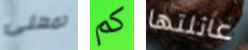
تمهلى كم عائلتها